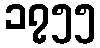
၁၇၅၅